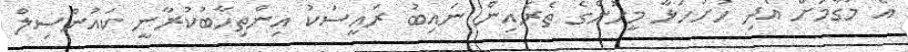
އެ މަގާމަށް އެދި ހުށަހަޅާ މީހުންގެ ތެރެއިން ނައިބު ރައީސަކު އިންތިހާބުކުރާނީ ކައުންސިލް